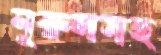
নুরুলসহ